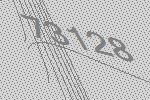
73128